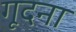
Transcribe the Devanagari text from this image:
गूदना